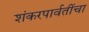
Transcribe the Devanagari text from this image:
शंकरपार्वतींचा